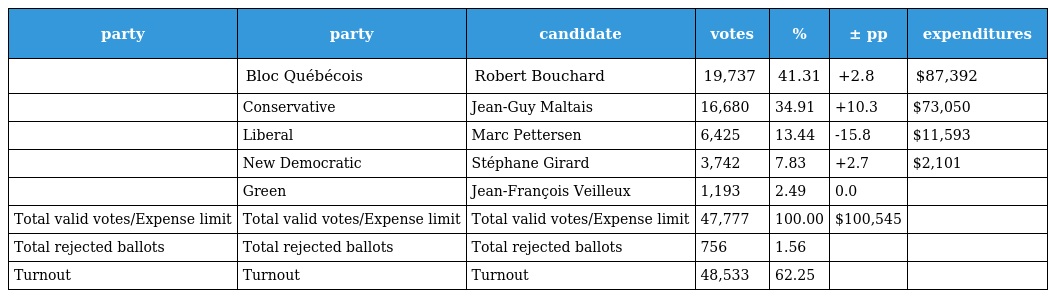
| party | party | candidate | votes | % | ± pp | expenditures |
 | --- | --- | --- | --- | --- | --- | --- |
 |  | Bloc Québécois | Robert Bouchard | 19,737 | 41.31 | +2.8 | $87,392 |
 |  | Conservative | Jean-Guy Maltais | 16,680 | 34.91 | +10.3 | $73,050 |
 |  | Liberal | Marc Pettersen | 6,425 | 13.44 | -15.8 | $11,593 |
 |  | New Democratic | Stéphane Girard | 3,742 | 7.83 | +2.7 | $2,101 |
 |  | Green | Jean-François Veilleux | 1,193 | 2.49 | 0.0 |  |
 | Total valid votes/Expense limit | Total valid votes/Expense limit | Total valid votes/Expense limit | 47,777 | 100.00 | $100,545 |  |
 | Total rejected ballots | Total rejected ballots | Total rejected ballots | 756 | 1.56 |  |  |
 | Turnout | Turnout | Turnout | 48,533 | 62.25 |  |  |